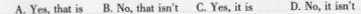
A.Yes, that is B.No, that isn't C. Yes,itis D. No, it isn't